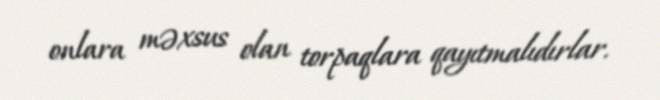
onlara məxsus olan torpaqlara qayıtmalıdırlar.